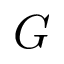
G